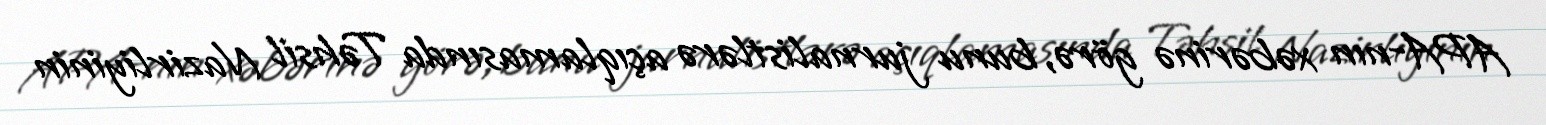
APA-nın xəbərinə görə, bunu jurnalistlərə açıqlamasında Təhsil Nazirliyinin